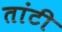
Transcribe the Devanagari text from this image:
तांटी